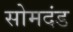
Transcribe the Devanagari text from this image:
सोमदंड